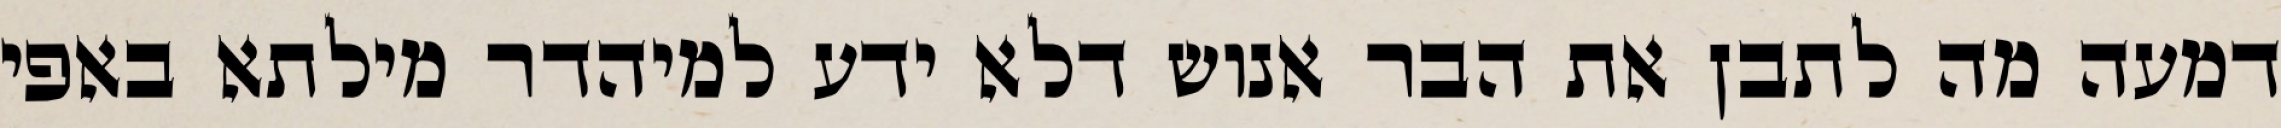
דמעה מה לתבן את הבר אנוש דלא ידע למיהדר מילתא באפי